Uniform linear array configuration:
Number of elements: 12
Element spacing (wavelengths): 0.5
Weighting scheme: cosine
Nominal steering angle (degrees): -15
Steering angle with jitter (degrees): -15.881
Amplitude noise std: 0.05
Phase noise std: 0.05

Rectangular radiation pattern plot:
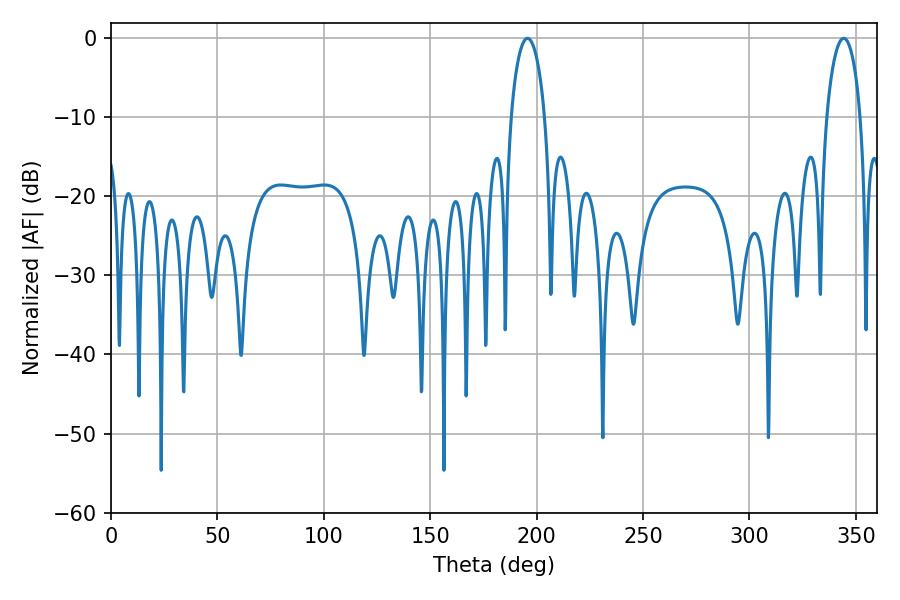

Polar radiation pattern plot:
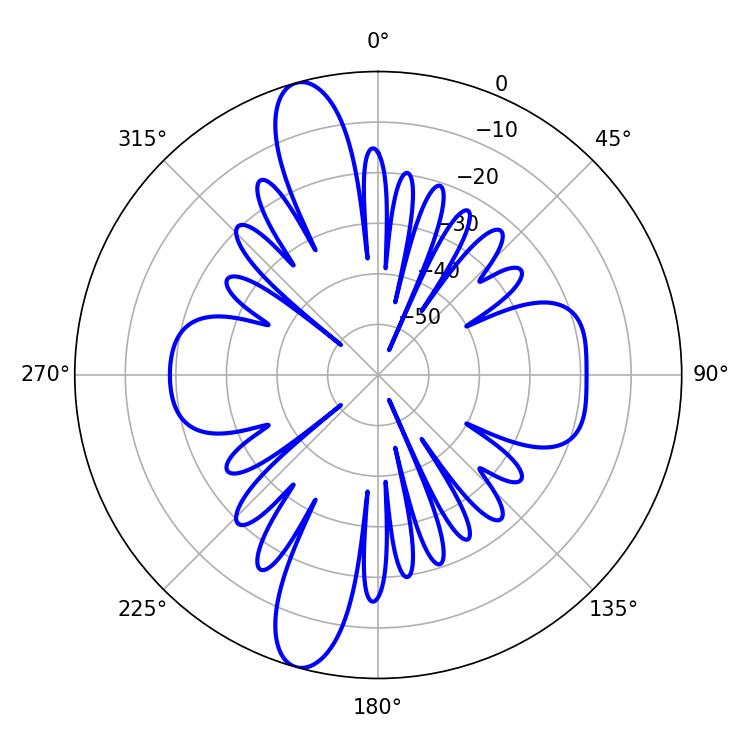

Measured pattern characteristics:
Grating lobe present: FALSE
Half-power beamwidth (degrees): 9.18
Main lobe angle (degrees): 195.66